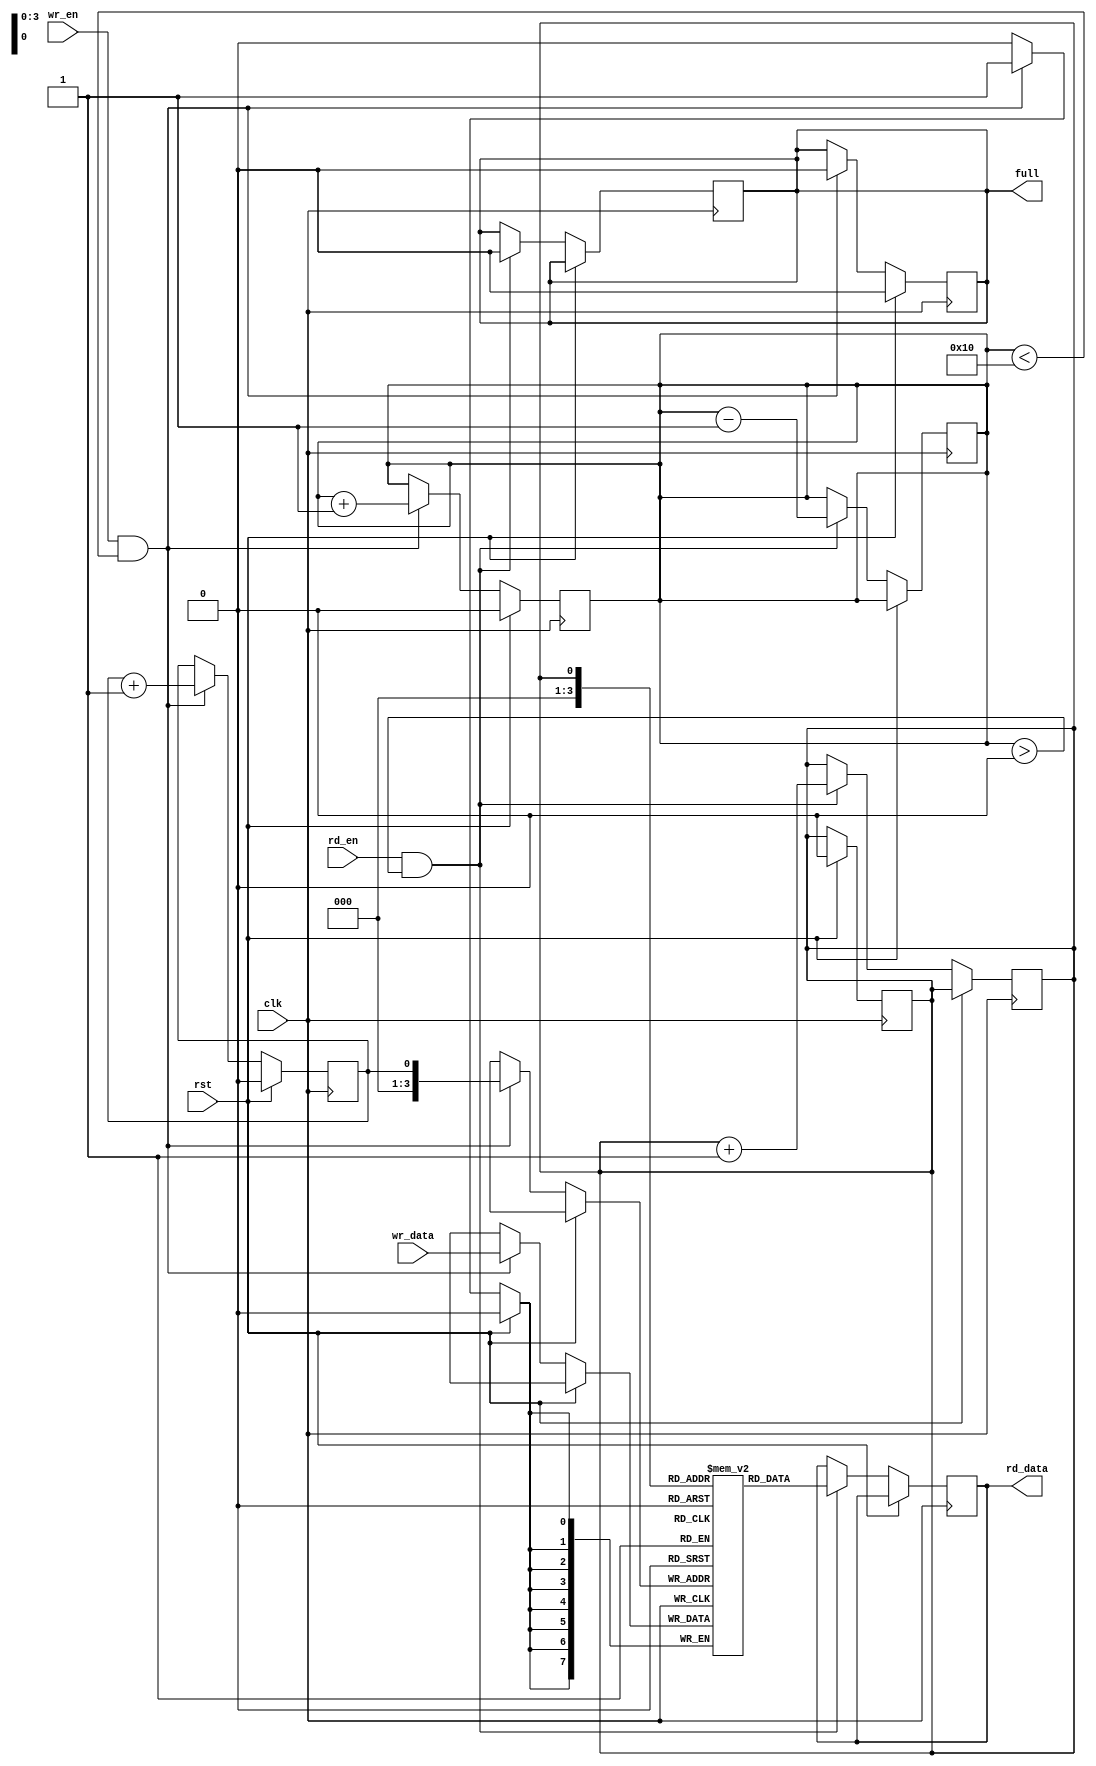
module dual_port_fifo_buffer (
    input clk,
    input rst,
    input [DATA_WIDTH-1:0] wr_data,
    input wr_en,
    output reg full,
    input rd_en,
    output [DATA_WIDTH-1:0] rd_data
);

parameter DEPTH = 16; // Depth of the FIFO buffer
parameter DATA_WIDTH = 8; // Width of the data bus

reg [DATA_WIDTH-1:0] buffer [0:DEPTH-1];
reg front = 0;
reg rear = 0;
reg count = 0;

// Write operation
always @(posedge clk) begin
    if (rst) begin
        front <= 0;
        rear <= 0;
        count <= 0;
        full <= 0;
    end else begin
        if (wr_en && count < DEPTH) begin
            buffer[rear] <= wr_data;
            rear <= (rear == DEPTH - 1) ? 0 : rear + 1;
            count <= count + 1;
            full <= (count == DEPTH) ? 1 : 0;
        end
    end
end

// Read operation
always @(posedge clk) begin
    if (rst) begin
        // No action needed
    end else begin
        if (rd_en && count > 0) begin
            rd_data <= buffer[front];
            front <= (front == DEPTH - 1) ? 0 : front + 1;
            count <= count - 1;
            full <= 0;
        end
    end
end

endmodule